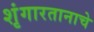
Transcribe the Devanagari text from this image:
शृंगारतानाचे